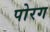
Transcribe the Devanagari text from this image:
पोरग